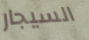
السيجار